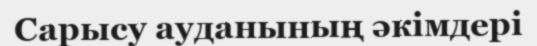
Сарысу ауданының әкімдері